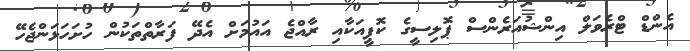
އެންޑް ޓްރެވަލް އިންޝުއަރެންސް ޕޮލިސީގެ ކޮޕީއަކާއި ރާއްޖެ އައުމަށް އެދޭ ފަރާތްތަކުން ހުށަހަޅަންޖެހޭ